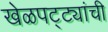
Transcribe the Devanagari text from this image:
खेळपट्ट्यांची